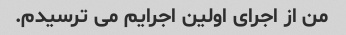
من از اجرای اولین اجرایم می ترسیدم.